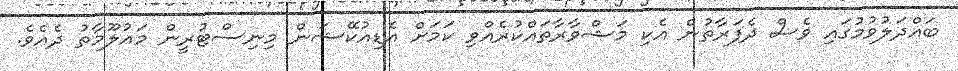
ބައްދަލުވުމުގައި ވެސް ދެފަރާތުން އެކި މަޝްވާރާތައްކުރެއްވި ކަމަށް އެޑިއުކޭޝަން މިނިސްޓުރީން މައުލޫމާތު ދެއެވެ.